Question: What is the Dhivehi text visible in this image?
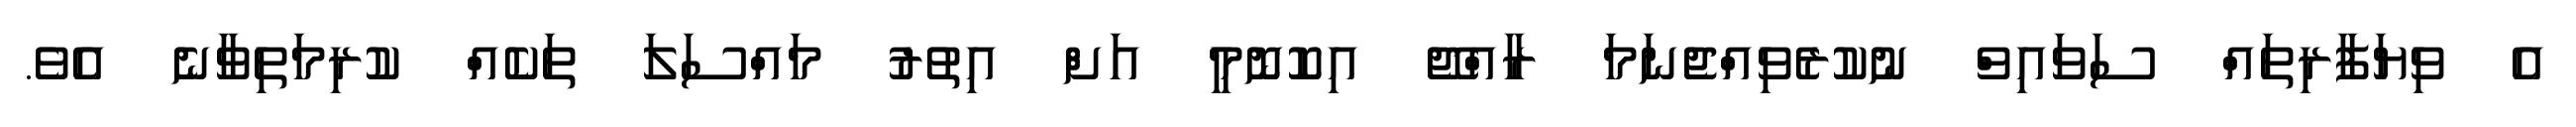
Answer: އެ ވިޔަފާރިތައް ސަވައިވް ނުކުރެވިއްޖެނަމަ ރާއްޖޭ އިކޮނޮމީ އަށް އިތުރު މައްސަލަ ތަކެއް ކުރިމަތިވާނެ އެވެ.